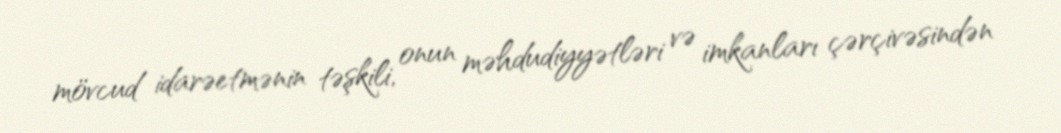
mövcud idarəetmənin təşkili, onun məhdudiyyətləri və imkanları çərçivəsindən